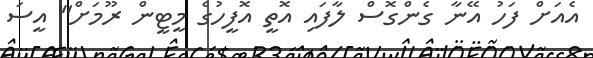
އެއަށް ފަހު އޭނާ ގެންގޮސް ލާފައި އޮތީ އޮފީހުގެ މީޓީން ރޫމަށް" އީސަ